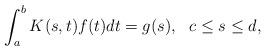
LaTeX: \begin{align*} \int_{a}^{b} K(s,t)f(t)dt = g(s), \ \ c \leq s \leq d,\end{align*}